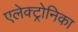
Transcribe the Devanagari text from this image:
एलेक्ट्रोनिका